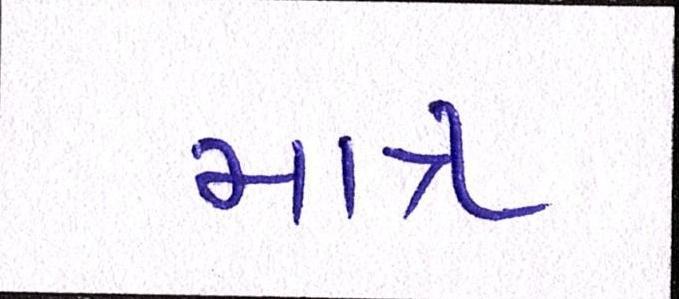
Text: માત્ર